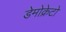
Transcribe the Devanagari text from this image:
डेमोक्रेटो